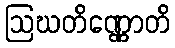
ဩဃတိဏ္ဏောတိ